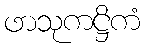
ဖာသုကဋ္ဌိကံ